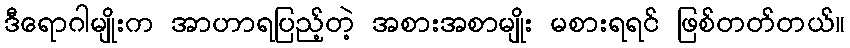
ဒီရောဂါမျိုးက အာဟာရပြည့်တဲ့ အစားအစာမျိုး မစားရရင် ဖြစ်တတ်တယ်။